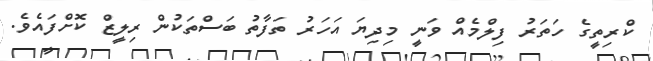
ކްރިތީގެ ހަތަރު ފިލްމެއް ވަނީ މިދިޔަ އަހަރު ތަފާތު ބަސްތަކުން ރިލީޒް ކޮށްފައެވެ.